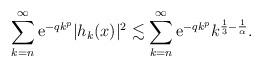
LaTeX: \begin{align*}\sum_{k=n}^\infty \mathrm{e}^{-qk^p} |h_{k}(x)|^2 & \lesssim \sum_{k=n}^\infty \mathrm{e}^{-q k^p} k^{\frac{1}{3}-\frac{1}{\alpha}}.\end{align*}